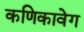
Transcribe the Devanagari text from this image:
कणिकावेग